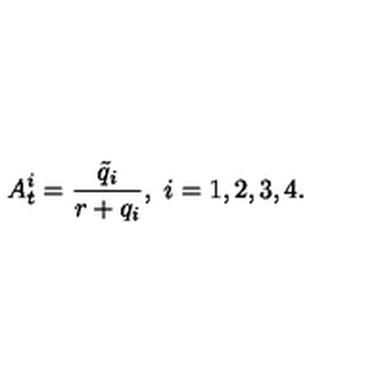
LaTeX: A _ { t } ^ { i } = \frac { \tilde { q } _ { i } } { r + q _ { i } } , \ i = 1 , 2 , 3 , 4 .